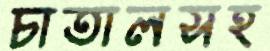
চাতালসহ